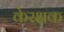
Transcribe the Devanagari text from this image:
केरक्षक